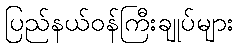
ပြည်နယ်ဝန်ကြီးချုပ်များ